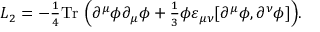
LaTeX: { \cal L } _ { 2 } = - { \textstyle \frac 1 4 } \mathrm { T r } ~ \Bigl ( \partial ^ { \mu } \phi \partial _ { \mu } \phi + { \textstyle \frac 1 3 } \phi \varepsilon _ { \mu \nu } [ \partial ^ { \mu } \phi , \partial ^ { \nu } \phi ] \Bigr ) .